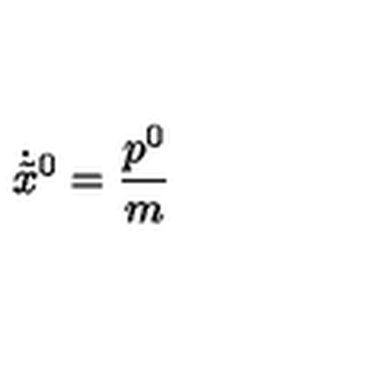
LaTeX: \dot { \tilde { x } } { } ^ { 0 } = \frac { p ^ { 0 } } { m }